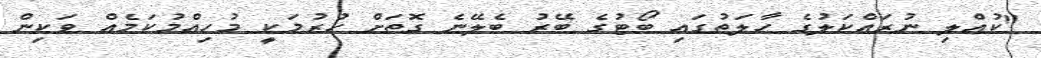
"ކުއްލި ނުރައްކަލުގެ ހާލަތުގައި ބޯޓުގެ ބޭރު ބެލޭނެ ގޮތަށް ހުރުމަކީ މުހިއްމުކަމެއް ވަކިން